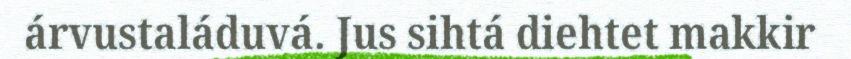
árvustaláduvá. Jus sihtá diehtet makkir